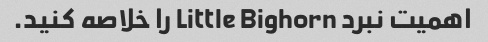
اهمیت نبرد Little Bighorn را خلاصه کنید.